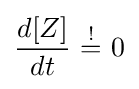
{\begin{aligned}{\frac {d[Z]}{dt}}\ {\stackrel {!}{=}}\ 0\end{aligned}}